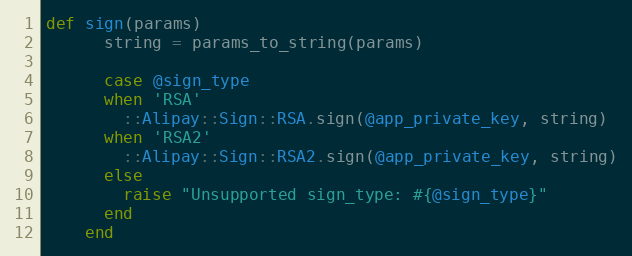
Language: Ruby
def sign(params)
      string = params_to_string(params)

      case @sign_type
      when 'RSA'
        ::Alipay::Sign::RSA.sign(@app_private_key, string)
      when 'RSA2'
        ::Alipay::Sign::RSA2.sign(@app_private_key, string)
      else
        raise "Unsupported sign_type: #{@sign_type}"
      end
    end